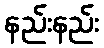
နည်းနည်း